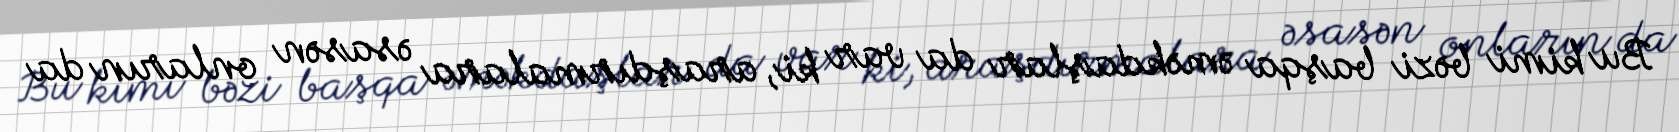
Bu kimi bəzi başqa əməkdaşlar da var ki, araşdırmalara əsasən onların da